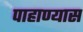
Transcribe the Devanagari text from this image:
पाहाण्यास